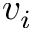
v _ { i }